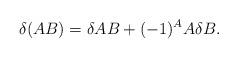
\begin{align*}\delta (AB) = \delta AB + (-1)^{A} A \delta B.\end{align*}